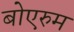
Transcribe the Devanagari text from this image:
बोएरुम